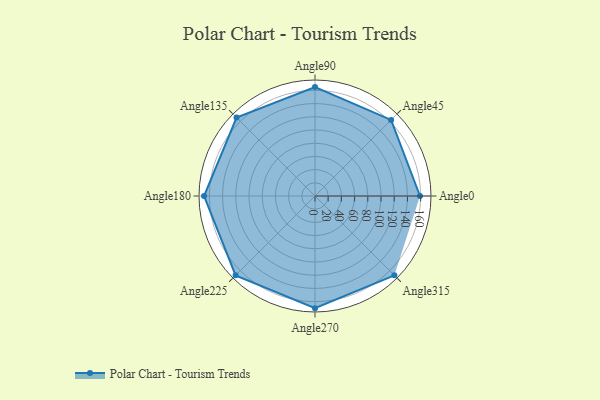
{"axis": {"x": "Angle", "y": "Radius"}, "legend": [""], "data": [{"x": "Angle0", "y": 159.0, "type": ""}, {"x": "Angle45", "y": 163.0, "type": ""}, {"x": "Angle90", "y": 165.0, "type": ""}, {"x": "Angle135", "y": 168.0, "type": ""}, {"x": "Angle180", "y": 168.0, "type": ""}, {"x": "Angle225", "y": 170, "type": ""}, {"x": "Angle270", "y": 170, "type": ""}, {"x": "Angle315", "y": 170, "type": ""}]}